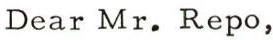
Dear Mr. Repo,